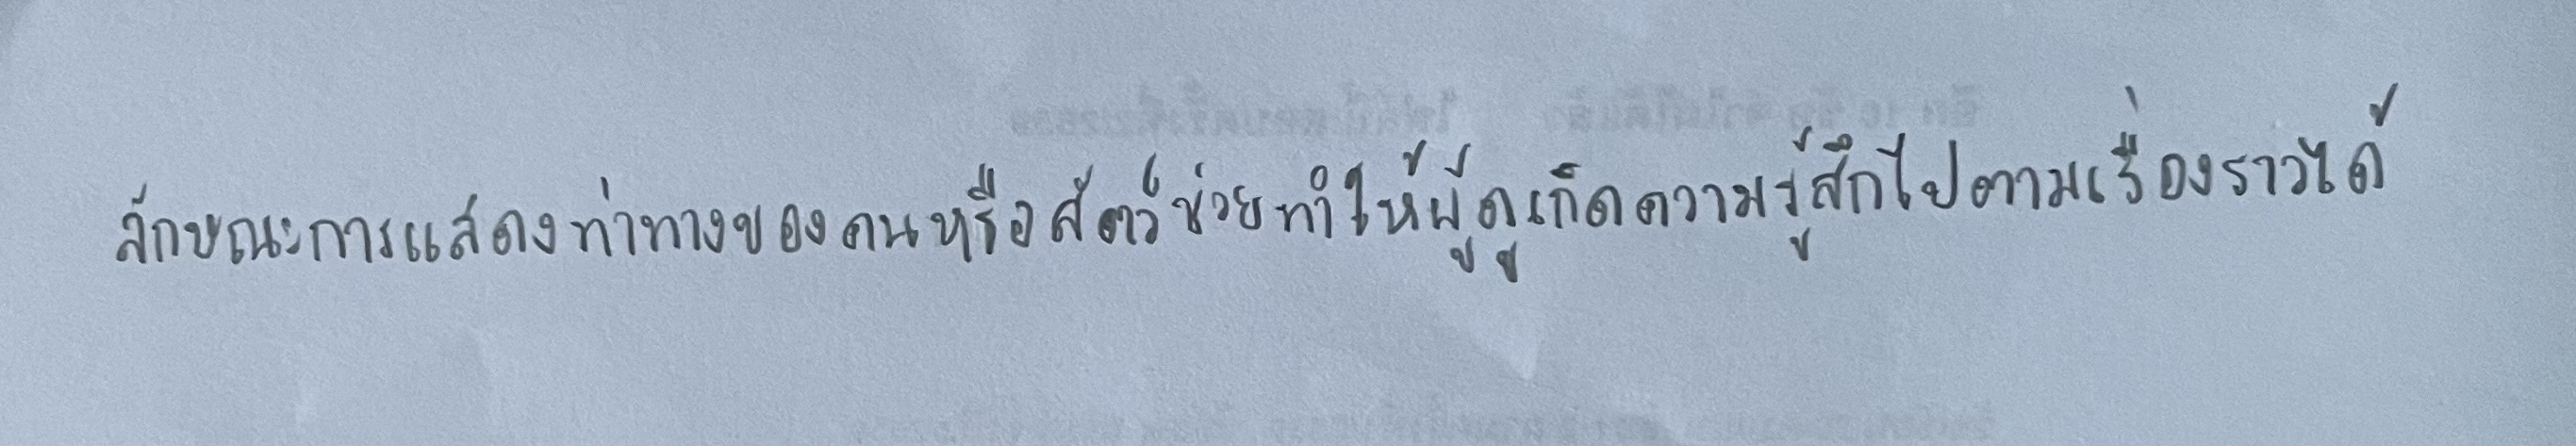
ลักษณะการแสดงท่าทางของคนหรือสัตว์ช่วยทำให้ผู้ดูเกิดความรู้สึกไปตามเรื่องราวได้